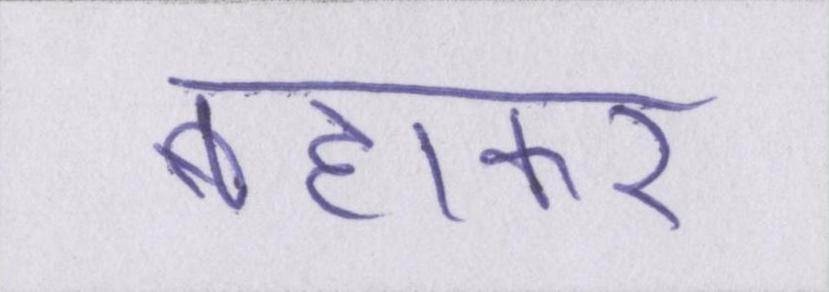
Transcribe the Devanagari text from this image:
बहाकर